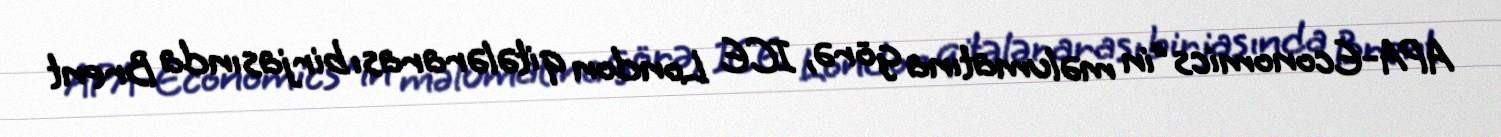
APA-Economics"in məlumatına görə, ICE London qitələrarası birjasında Brent